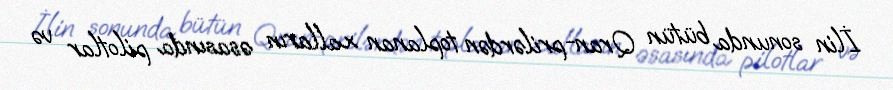
İlin sonunda bütün Qran-prilərdən toplanan xalların əsasında pilotlar və